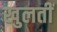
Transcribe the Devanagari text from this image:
खुलतीं